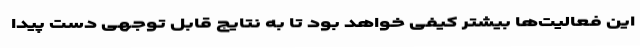
این فعالیت‌ها بیشتر کیفی خواهد بود تا به نتایج قابل توجهی دست پیدا